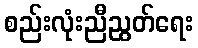
စည်းလုံးညီညွတ်ရေး